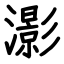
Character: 𤂖